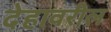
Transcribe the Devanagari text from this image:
देहावरील